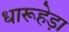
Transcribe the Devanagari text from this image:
धारूहेड़ा